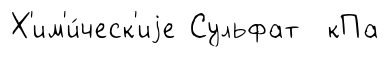
Х'им'и́ческ'иjе Сульфат кПа